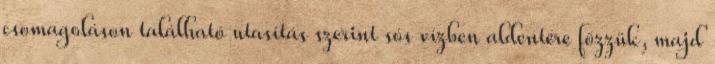
csomagoláson található utasítás szerint sós vízben aldentére főzzük, majd